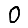
Digit: 0